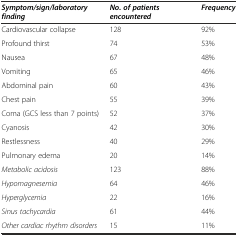
| Symptom/sign/laboratory finding | No. of patients encountered | Frequency |
 | --- | --- | --- |
 | Cardiovascular collapse | 128 | 92% |
 | Profound thirst | 74 | 53% |
 | Nausea | 67 | 48% |
 | Vomiting | 65 | 46% |
 | Abdominal pain | 60 | 43% |
 | Chest pain | 55 | 39% |
 | Coma (GCS less than 7 points) | 52 | 37% |
 | Cyanosis | 42 | 30% |
 | Restlessness | 40 | 29% |
 | Pulmonary edema | 20 | 14% |
 | Metabolic acidosis | 123 | 88% |
 | Hypomagnesemia | 64 | 46% |
 | Hyperglycemia | 22 | 16% |
 | Sinus tachycardia | 61 | 44% |
 | Other cardiac rhythm disorders | 15 | 11% |